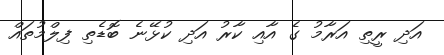
އަދި ރީތި އަރާމު ގެ އާއި ކާރު އަދި ކުޅޭނެ ބޮޑެތި ފިލްމުތައް